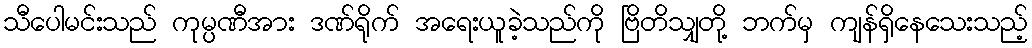
သီပေါမင်းသည် ကုမ္ပဏီအား ဒဏ်ရိုက် အရေးယူခဲ့သည်ကို ဗြိတိသျှတို့ ဘက်မှ ကျန်ရှိနေသေးသည့်